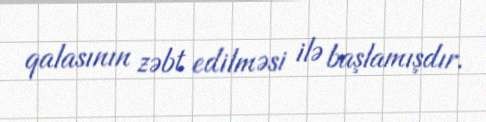
qalasının zəbt edilməsi ilə başlamışdır.